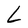
Character: L